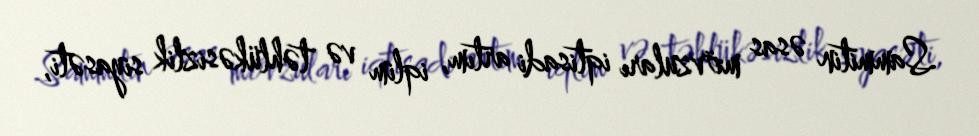
Sammitin əsas mövzuları iqtisadi artım, iqlim və təhlükəsizlik siyasəti,